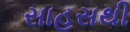
સાહસથી